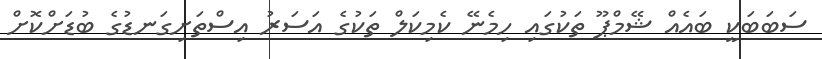
ސަބަބަކީ ބައެއް ޝޭމްޕޫ ތަކުގައި ހިމެނޭ ކެމިކަލް ތަކުގެ އަސަރު އިސްތަށިގަނޑުގެ ބުޑަށްކޮށް